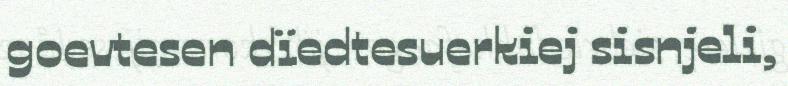
goevtesen dïedtesuerkiej sisnjeli,